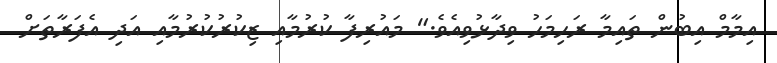
އިމާމް އިބުން ތައިމާ ރަހިމަހު ވިދާޅުވިއެވެ." މައުރިފާ ކުރުމާއި ޒިކުރުކުރުމާއި އަދި އެފަރާތަށް